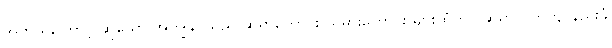
အဘယ်ကြောင့် ဆိုသော် အကျွန်ုပ်သည် ဆရာကောင်း သမားကောင်း များထံတွင် ဆရာလက်ကျ နည်းခံ